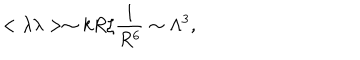
< \lambda \lambda > \sim k R \zeta \frac { 1 } { R ^ { 6 } } \sim \Lambda ^ { 3 } ,